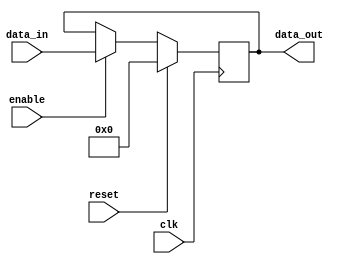
module sequential_logic (
    input wire clk,          // Clock signal
    input wire reset,        // Synchronous reset signal
    input wire enable,       // Enable signal
    input wire [7:0] data_in, // Data input
    output reg [7:0] data_out // Data output (register)
);

// Sequential logic block sensitive to the positive edge of the clock
always @(posedge clk) begin
    if (reset) begin
        // Initialize the state on synchronous reset
        data_out <= 8'b0; // Reset data_out to 0
    end else if (enable) begin
        // Update the state based on the input
        data_out <= data_in; // Transfer data_in to data_out
    end
    // Additional state updates can be added here as needed
end

endmodule